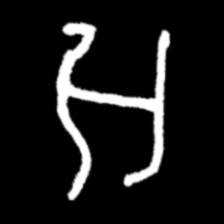
Pyu character \u2014 Myanmar letter: အ (romanized: a)